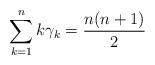
LaTeX: \begin{align*}\sum_{k=1}^{n}k\gamma_{k} &= \frac{n(n+1)}{2}\end{align*}